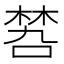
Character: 𠹝